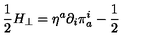
\frac { 1 } { 2 } H _ { \perp } = \eta ^ { a } \partial _ { i } \pi _ { a } ^ { i } - \frac { 1 } { 2 }